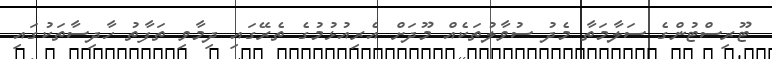
ޓޫރިސްޓުންގެ ސަލާމަތާ މެދު ސުވާލުތަކެއް މޫދަށް އެރިއުޅުމުގެ ތެރޭގައި ދިމާވި ތަފާތު ހާދިސާތަކުގައި